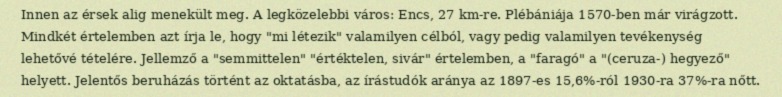
Innen az érsek alig menekült meg. A legközelebbi város: Encs, 27 km-re. Plébániája 1570-ben már virágzott. Mindkét értelemben azt írja le, hogy "mi létezik" valamilyen célból, vagy pedig valamilyen tevékenység lehetővé tételére. Jellemző a "semmittelen" "értéktelen, sivár" értelemben, a "faragó" a "(ceruza-) hegyező" helyett. Jelentős beruházás történt az oktatásba, az írástudók aránya az 1897-es 15,6%-ról 1930-ra 37%-ra nőtt.